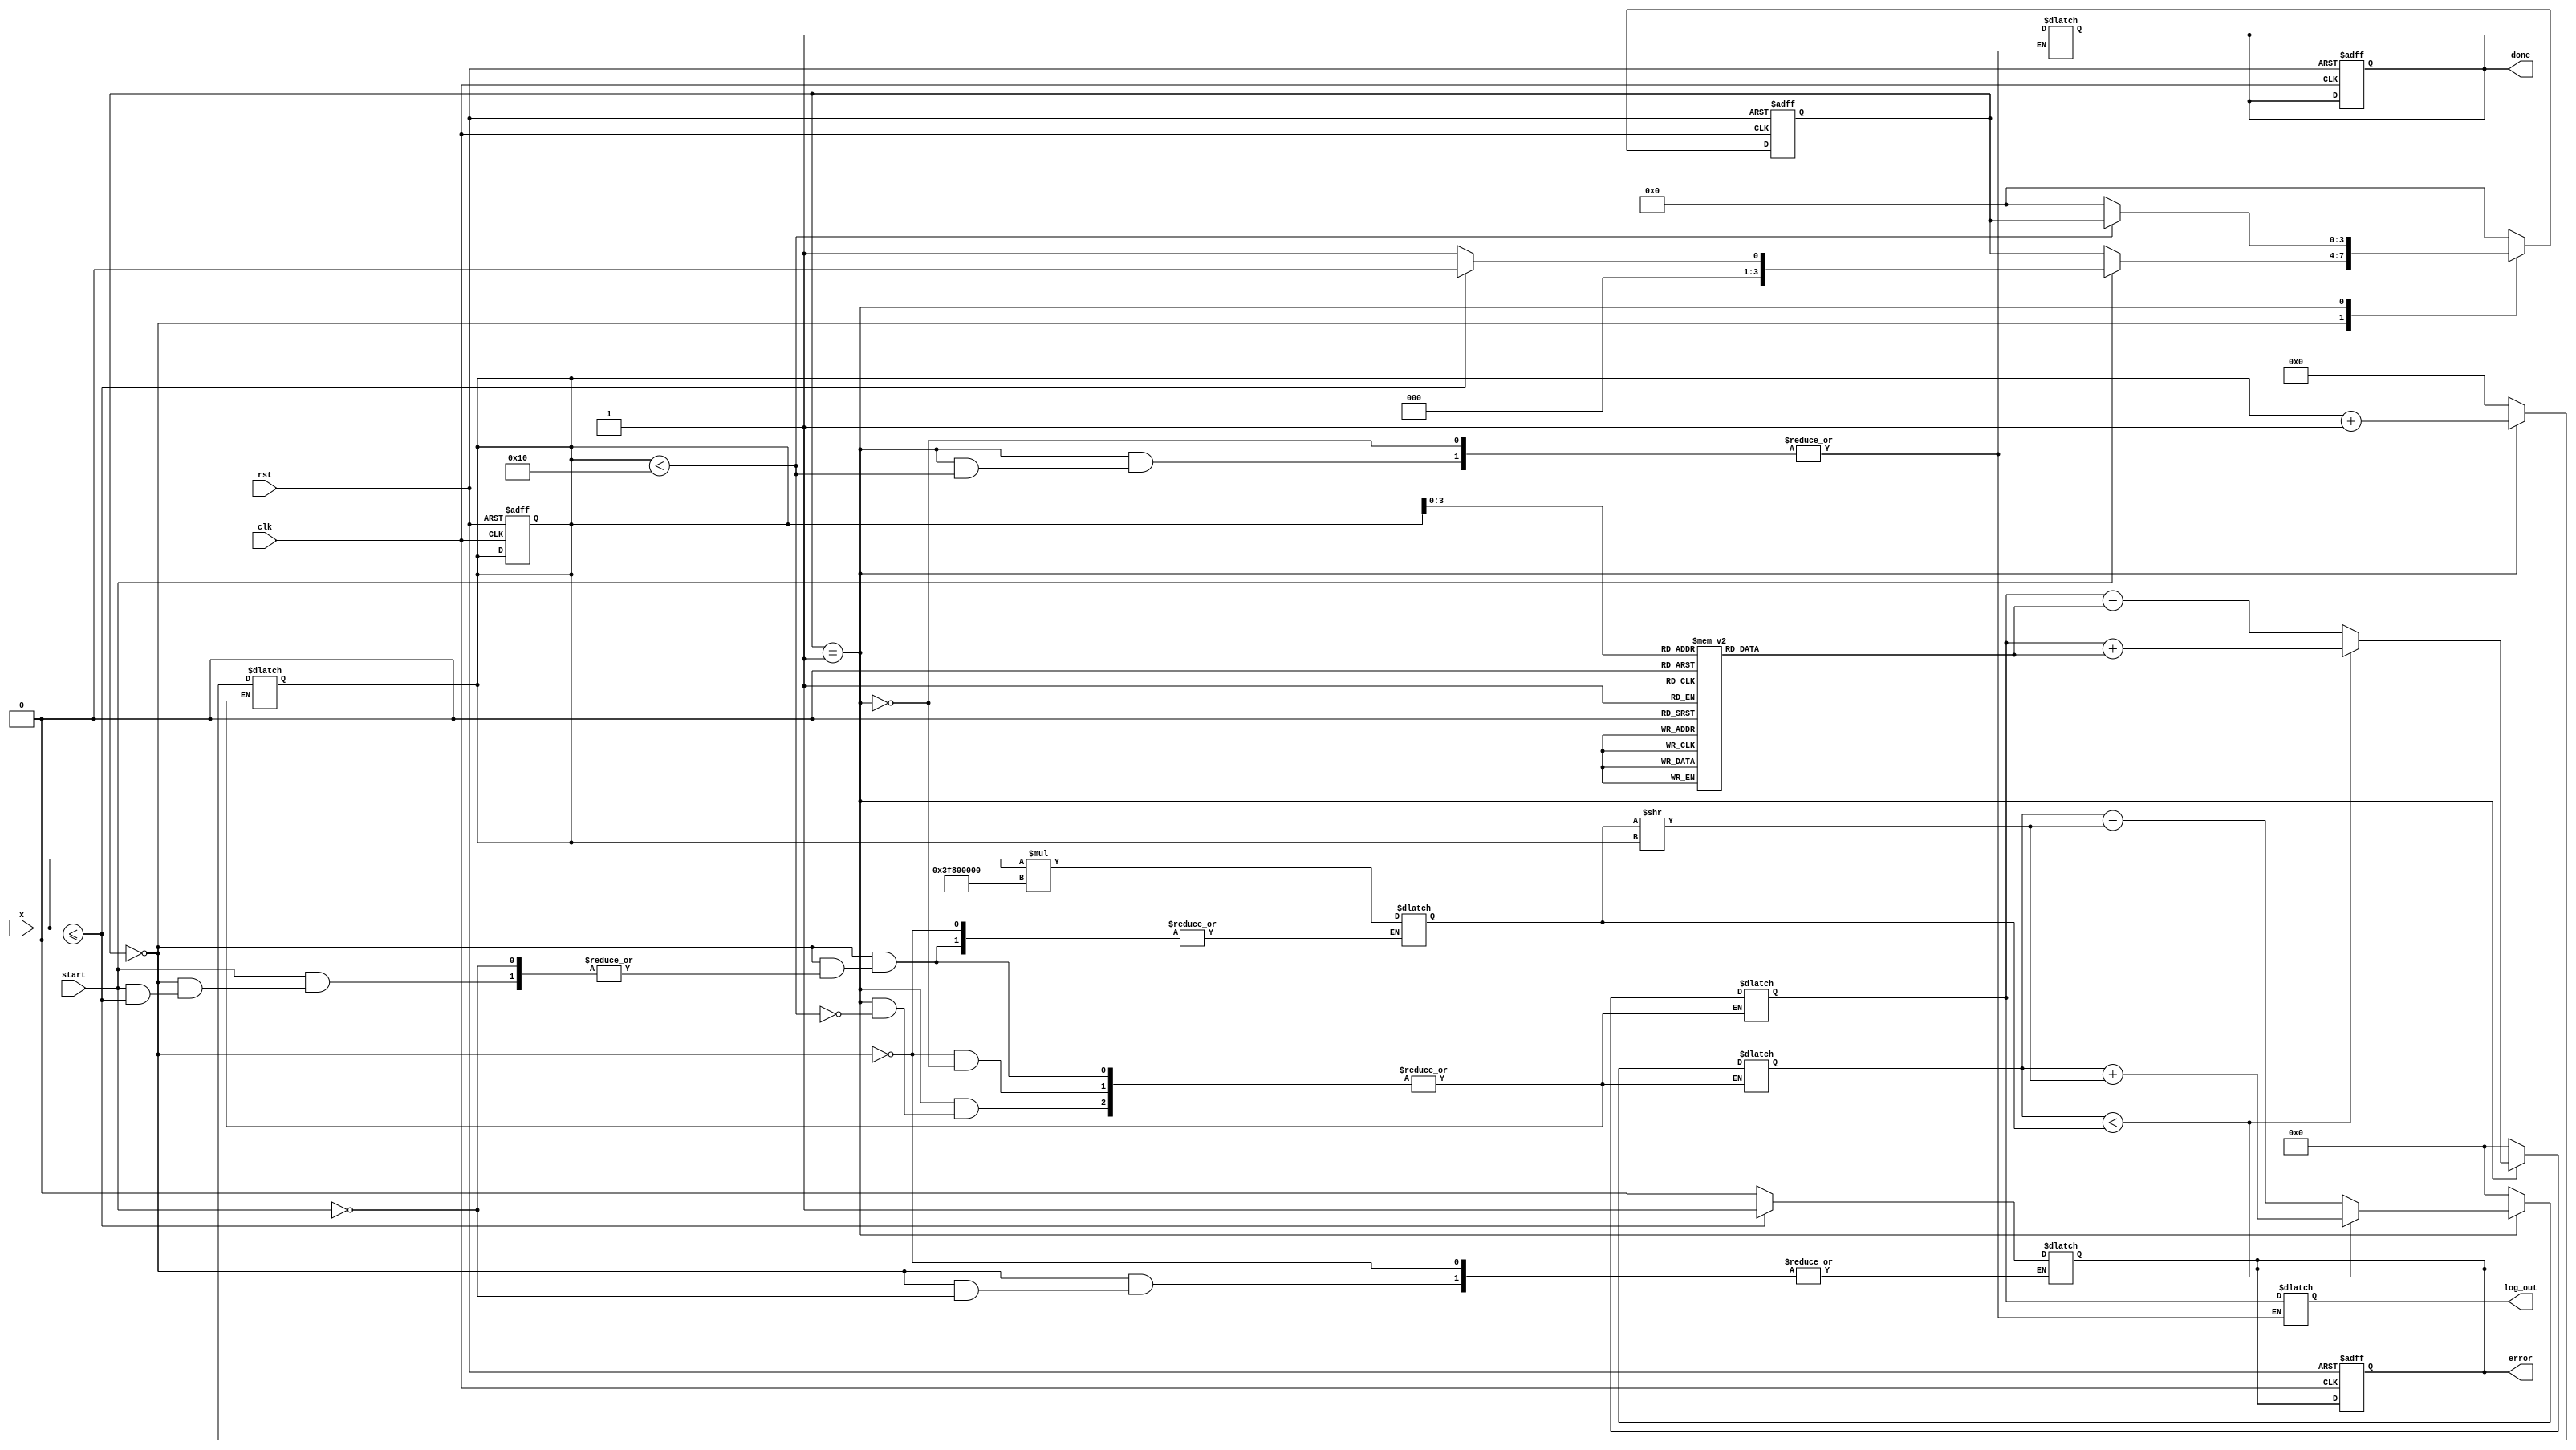
module cordic_logarithm (
    input wire clk,
    input wire rst,
    input wire start,
    input wire [31:0] x, // Input normalized floating-point number
    output reg [31:0] log_out, // Output logarithm value
    output reg done, // Indicates completion of calculation
    output reg error // Indicates input error
);

    parameter N = 16; // Number of iterations
    parameter SCALE_FACTOR = 32'h3F800000; // Scaling factor (1.0 in floating-point)
    
    reg [31:0] x_reg, y_reg, z_reg; // CORDIC variables
    reg [31:0] atan_table [0:N-1]; // Arctangent lookup table
    reg [3:0] state, next_state;
    reg [4:0] iteration;

    // Initialize arctangent values (in fixed-point representation)
    initial begin
        atan_table[0] = 32'h3F19999A; // atan(1/2^0)
        atan_table[1] = 32'h3F0A3D70; // atan(1/2^1)
        atan_table[2] = 32'h3F05C1A0; // atan(1/2^2)
        // ... Fill in the rest of the arctangent values
        atan_table[15] = 32'h3E2AAAAB; // atan(1/2^15)
    end

    // State machine for control logic
    always @(posedge clk or posedge rst) begin
        if (rst) begin
            state <= 0;
            done <= 0;
            error <= 0;
            iteration <= 0;
        end else begin
            state <= next_state;
        end
    end

    always @(*) begin
        next_state = state;
        case (state)
            0: begin
                if (start) begin
                    if (x <= 0) begin
                        error = 1; // Invalid input
                        next_state = 0; // Stay in reset state
                    end else begin
                        error = 0;
                        x_reg = x * SCALE_FACTOR; // Scale input
                        y_reg = 32'h00000000; // Initialize y
                        z_reg = 32'h00000000; // Initialize z
                        iteration = 0;
                        next_state = 1; // Move to iteration state
                    end
                end
            end
            1: begin
                if (iteration < N) begin
                    // CORDIC rotation logic
                    if (y_reg < x_reg) begin
                        // Perform positive rotation
                        y_reg = y_reg + (x_reg >> iteration);
                        z_reg = z_reg + atan_table[iteration];
                    end else begin
                        // Perform negative rotation
                        y_reg = y_reg - (x_reg >> iteration);
                        z_reg = z_reg - atan_table[iteration];
                    end
                    iteration = iteration + 1;
                end else begin
                    log_out = z_reg; // Output the logarithm value
                    done = 1; // Indicate completion
                    next_state = 0; // Return to reset state
                end
            end
            default: next_state = 0; // Default to reset state
        endcase
    end

endmodule